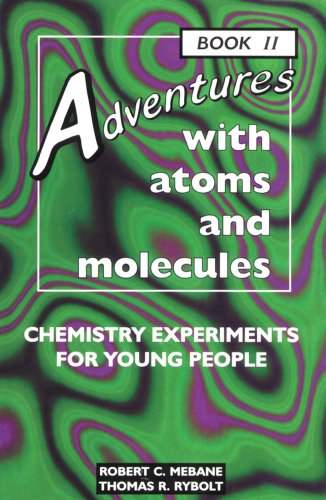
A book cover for Adventures With Atoms and Molecules: Chemistry Experiments for Young People - Book II (Adventures With Science); Robert C. Mebane; Children's Books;